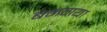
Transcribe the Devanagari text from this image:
बनगया